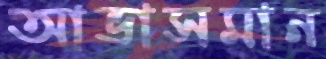
আভাসমান